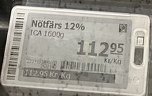
Vara: Nötfärs 12%
Genomsnittspris: 112.95 per kg